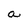
Character: a